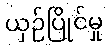
ယှဉ်ပြိုင်မှု